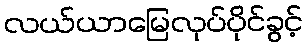
လယ်ယာမြေလုပ်ပိုင်ခွင့်